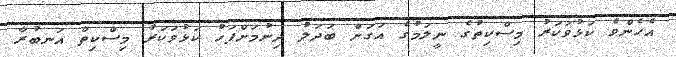
އެހެންވެ ކަޅުވަކަރު މިސްކިތުގެ ނީލަމުގެ އަގަށް ބަދަލު ދިނުމަށްފަހު ކަޅުވަކަރު މިސްކިތް އަނބުރާ